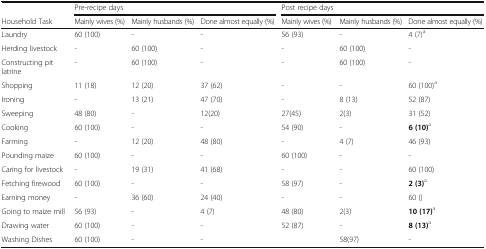
|  | <COLSPAN=3> Pre-recipe days | <COLSPAN=3> Post recipe days |
 | Household Task | Mainly wives (%) | Mainly husbands (%) | Done almost equally (%) | Mainly wives (%) | Mainly husbands (%) | Done almost equally (%) |
 | --- | --- | --- | --- | --- | --- | --- |
 | Laundry | 60 (100) | - | - | 56 (93) | - | 4 (7)a |
 | Herding livestock | - | 60 (100) | - | - | 60 (100) | - |
 | Constructing pit latrine | - | 60 (100) | - | - | 60 (100) | - |
 | Shopping | 11 (18) | 12 (20) | 37 (62) | - | - | 60 (100)a |
 | Ironing | - | 13 (21) | 47 (70) | - | 8 (13) | 52 (87) |
 | Sweeping | 48 (80) | - | 12(20) | 27(45) | 2(3) | 31 (52) |
 | Cooking | 60 (100) | - | - | 54 (90) | - | 6 (10)a |
 | Farming | - | 12 (20) | 48 (80) | - | 4 (7) | 46 (93) |
 | Pounding maize | 60 (100) | - | - | 60 (100) | - | - |
 | Caring for livestock | - | 19 (31) | 41 (68) | - | - | 60 (100) |
 | Fetching firewood | 60 (100) | - | - | 58 (97) | - | 2 (3)a |
 | Earning money | - | 36 (60) | 24 (40) | - | - | 60 () |
 | Going to maize mill | 56 (93) | - | 4 (7) | 48 (80) | 2(3) | 10 (17)a |
 | Drawing water | 60 (100) | - | - | 52 (87) | - | 8 (13)a |
 | Washing Dishes | 60 (100) | - | - |  | 58(97) | - |